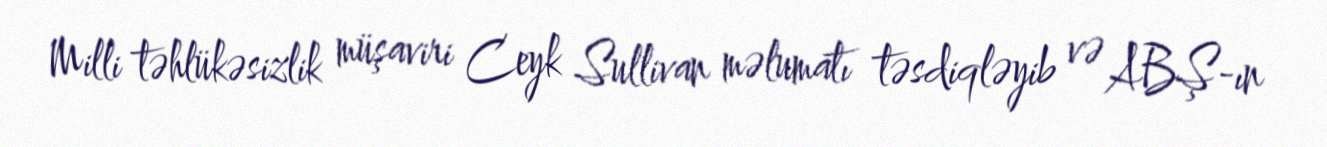
Milli təhlükəsizlik müşaviri Ceyk Sullivan məlumatı təsdiqləyib və ABŞ-ın